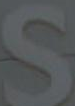
عربية